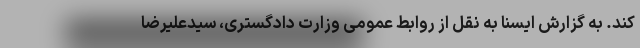
کند. به گزارش ایسنا به نقل از روابط عمومی وزارت دادگستری، سیدعلیرضا